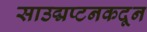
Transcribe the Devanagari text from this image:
साउद्मप्टनकदून